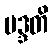
မဒ္ဒတိ